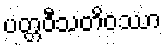
ပတ္တဝီသတိဝဿာ